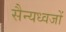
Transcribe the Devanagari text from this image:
सैन्यध्वजों